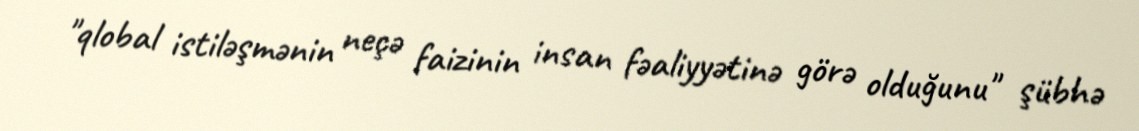
"qlobal istiləşmənin neçə faizinin insan fəaliyyətinə görə olduğunu" şübhə